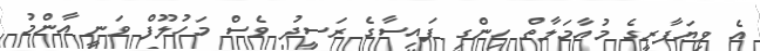
އެ ވިޔަފާރީގެ މުއާމަލާތް ހިންގި ފައިސާގެ ރަސީދު ވެސް މަހުލޫފް ވަނީ އާންމު